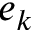
e _ { k }